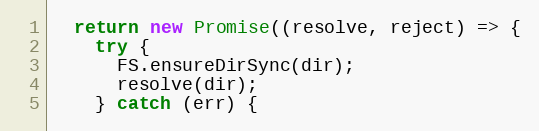
Language: JavaScript
  return new Promise((resolve, reject) => {
    try {
      FS.ensureDirSync(dir);
      resolve(dir);
    } catch (err) {